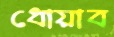
ধোয়াব